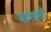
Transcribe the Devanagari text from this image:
मरुत्वती